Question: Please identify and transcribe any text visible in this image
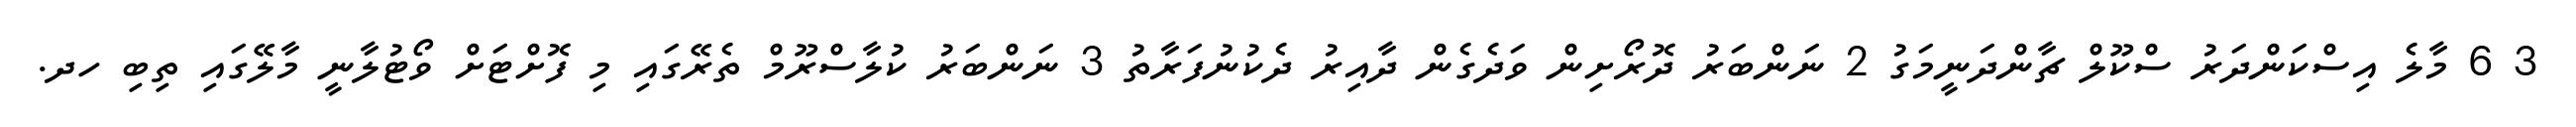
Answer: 3 6 މާލެ އިސްކަންދަރު ސްކޫލް ޗާންދަނީމަގު 2 ނަންބަރު ދޮރޯށިން ވަދެގެން ދާއިރު ދެކުނުފަރާތު 3 ނަންބަރު ކުލާސްރޫމް ތެރޭގައި މި ފޮށްޓަށް ވޯޓުލާނީ މާލޭގައި ތިބި ހދ.